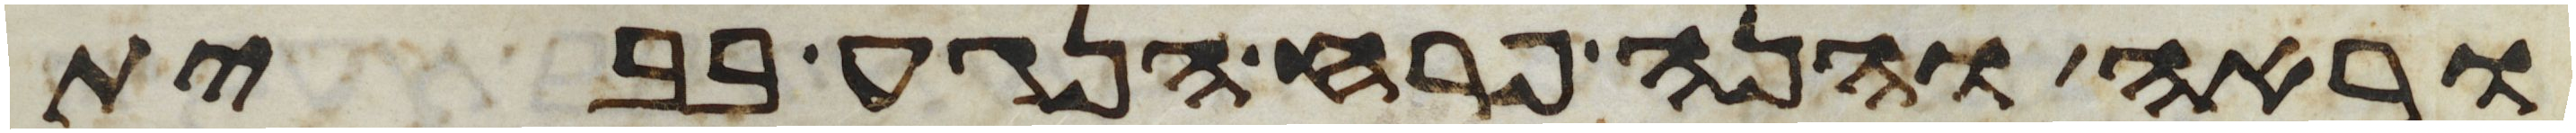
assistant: וראה והנה פרח הנגע בבית